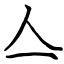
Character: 亼